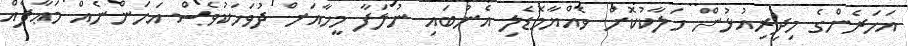
އަހަރެންގެ މިދިރިއުޅުން ހަލާކުކޮށް ވެއްޔާމޮޑެލި އެނުބައި ނުލަފާ މީހާއަށް ދުވަހަކުވެސް އަހަންނެއް މަޢާފެއް